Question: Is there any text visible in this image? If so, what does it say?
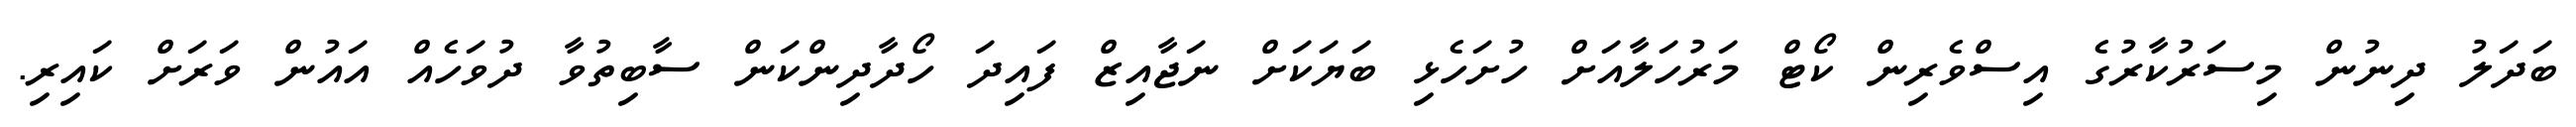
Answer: ބަދަލު ދިނުން މިސަރުކާރުގެ އިސްވެރިން ކޯޓް މަރުހަލާއަށް ހުށަހެޅި ބަޔަކަށް ނަޖާއިޒް ފައިދަ ހޯދާދިންކަން ސާބިތުވާ ދުވަހެއް އައުން ވަރަށް ކައިރި.